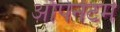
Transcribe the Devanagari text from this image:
ऑपेर्नटर्म